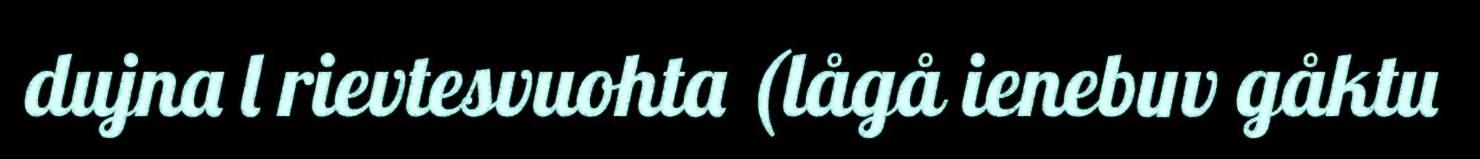
dujna l rievtesvuohta (lågå ienebuv gåktu